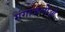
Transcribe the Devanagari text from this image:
गंगाजलीओ